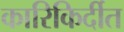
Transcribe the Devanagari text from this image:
कारिकिर्दीत